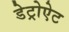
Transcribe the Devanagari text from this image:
डेट्रोऐट